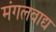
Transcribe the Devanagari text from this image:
मंगलवाद्य